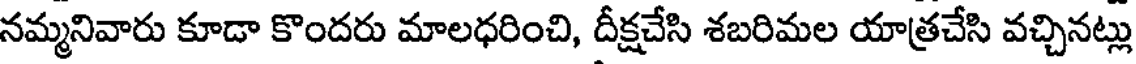
నమ్మనివారు కూడా కొందరు మాలధరించి, దీక్షచేసి శబరిమల యాత్రచేసి వచ్చినట్లు